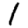
Digit: 1